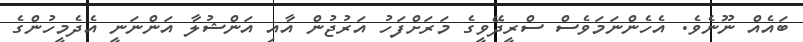
ބައެއް ނޫނެވެ. އެހެންނަމަވެސް ސްރީދޭވީގެ މަރަށްފަހު އަރުޖުން އާއި އަންޝުލާ އަންނަނީ އެދެމީހުންގެ